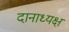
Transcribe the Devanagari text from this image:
दानाध्यक्ष